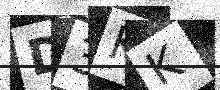
Text: D3KK